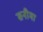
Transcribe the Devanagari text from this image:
सनीमा